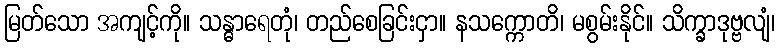
မြတ်သော အကျင့်ကို။ သန္ဓာရေတုံ၊ တည်စေခြင်းငှာ။ နသက္ကောတိ၊ မစွမ်းနိုင်။ သိက္ခာဒုဗ္ဗလျံ၊